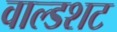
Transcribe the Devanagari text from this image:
वाल्डशट